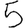
Digit: 5